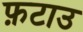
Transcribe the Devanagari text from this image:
फ़टाउ